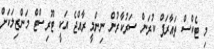
މި ޓެކްސް ތައާރަފް ކުރަން ސަރުކާރުން ނިންމީ ރާއްޖެ އަކީ ޓޫރިސްޓް މަންޒިލަކަށް